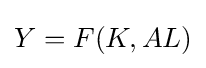
Y=F(K,AL)